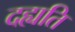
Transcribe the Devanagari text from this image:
दह्यति